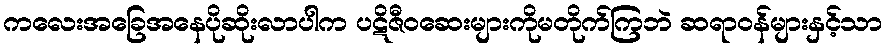
ကလေးအခြေအနေပိုဆိုးလာပါက ပဋိဇီဝဆေးများကိုမတိုက်ကြဘဲ ဆရာဝန်များနှင့်သာ